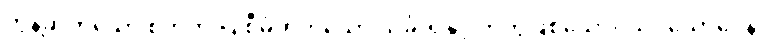
တွန့်ဆုတ်သော စိတ်ကို ပြုစီမံတတ်သော သင်္ခါရနှင့် တကွဖြစ်သော။ သပ္ပယောဂေန၊